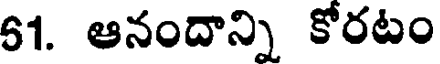
61. ఆనందాన్ని కోరటం